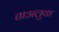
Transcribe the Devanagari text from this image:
ताअलुक